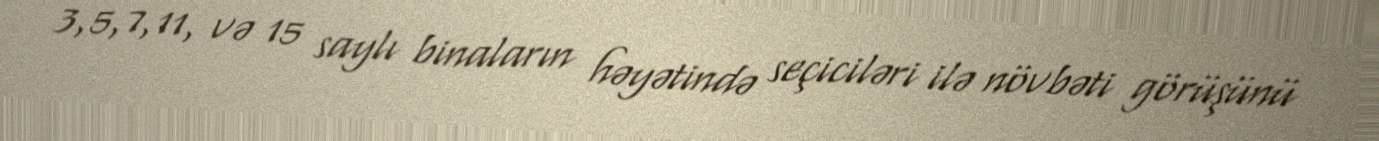
3,5,7,11, və 15 saylı binaların həyətində seçiciləri ilə növbəti görüşünü